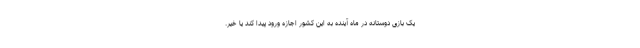
یک بازی دوستانه در ماه آینده به این کشور اجازه ورود پیدا کند یا خیر.